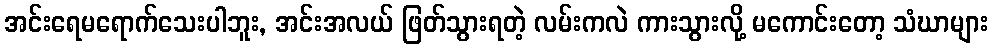
အင်းရေမရောက်သေးပါဘူး, အင်းအလယ် ဖြတ်သွားရတဲ့ လမ်းကလဲ ကားသွားလို့ မကောင်းတော့ သံဃာများ